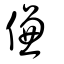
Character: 傔